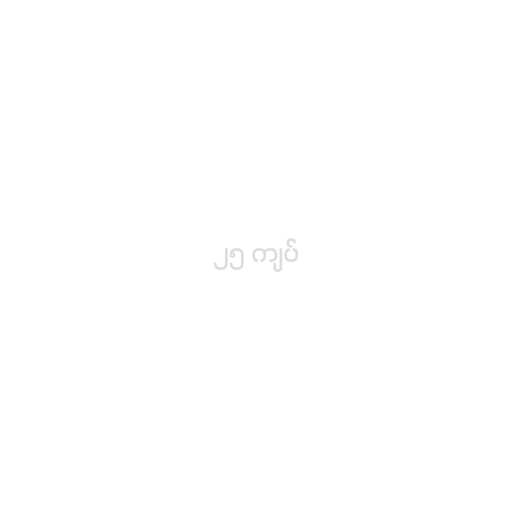
၂၅ ကျပ်